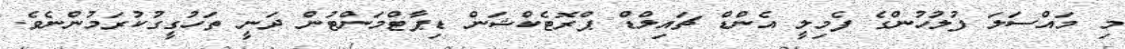
މި މައްސަލަ ފުލުހުންގެ ފެމިލީ އެންޑް ޗައިލްޑް ޕްރޮޓެކްޝަން ޑިޕާޓްމަންޓުން ދަނީ ތަހުގީގުކުރަމުންނެވެ.